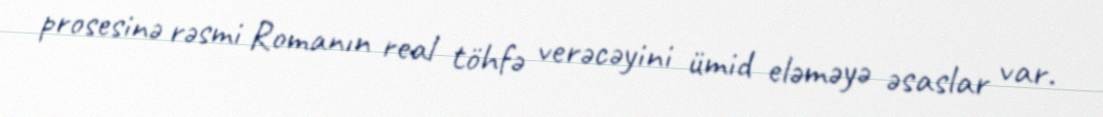
prosesinə rəsmi Romanın real töhfə verəcəyini ümid eləməyə əsaslar var.